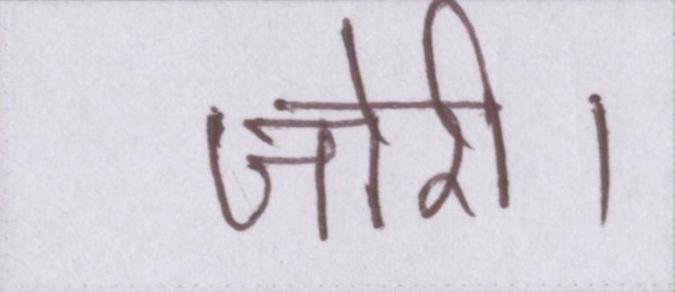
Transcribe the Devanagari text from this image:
जोरी।